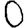
Digit: 0